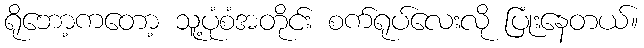
ရိုဘော့ကတော့ သူ့ပုံစံအတိုင်း စက်ရုပ်လေးလို ပြုံးနေတယ်။